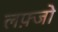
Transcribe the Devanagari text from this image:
लफ़्जो